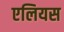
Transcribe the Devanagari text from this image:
एलियस